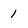
Character: 1